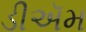
ડીઍમ